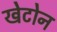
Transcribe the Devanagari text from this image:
खेटोन